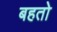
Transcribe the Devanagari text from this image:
बहतो